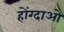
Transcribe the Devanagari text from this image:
होंग्दाओ